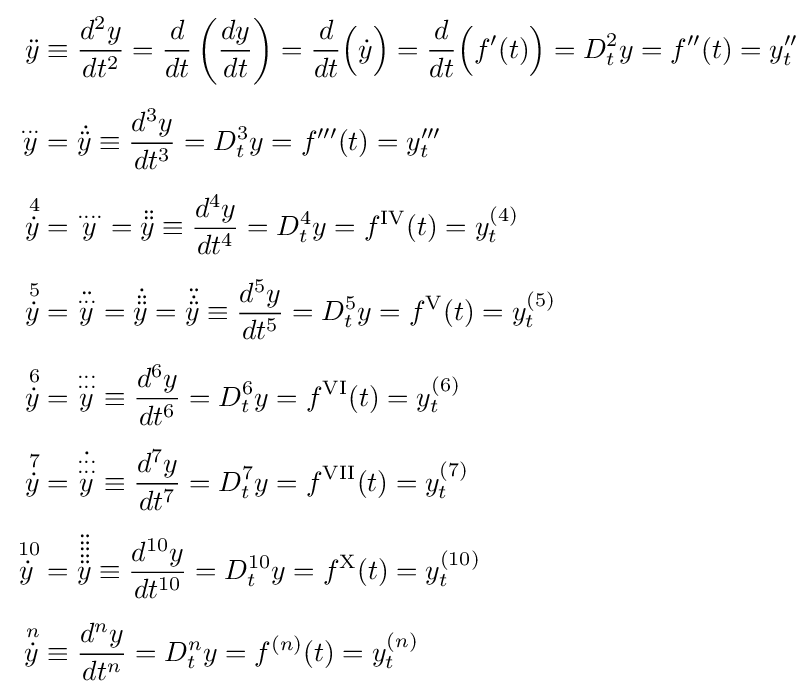
{\begin{aligned}{\ddot {y}}&\equiv {\frac {d^{2}y}{dt^{2}}}={\frac {d}{dt}}\left({\frac {dy}{dt}}\right)={\frac {d}{dt}}{\Bigl (}{\dot {y}}{\Bigr )}={\frac {d}{dt}}{\Bigl (}f'(t){\Bigr )}=D_{t}^{2}y=f''(t)=y''_{t}\\[5pt]{\overset {...}{y}}&={\dot {\ddot {y}}}\equiv {\frac {d^{3}y}{dt^{3}}}=D_{t}^{3}y=f'''(t)=y'''_{t}\\[5pt]{\overset {\,4}{\dot {y}}}&={\overset {....}{y}}={\ddot {\ddot {y}}}\equiv {\frac {d^{4}y}{dt^{4}}}=D_{t}^{4}y=f^{\rm {IV}}(t)=y_{t}^{(4)}\\[5pt]{\overset {\,5}{\dot {y}}}&={\ddot {\overset {...}{y}}}={\dot {\ddot {\ddot {y}}}}={\ddot {\dot {\ddot {y}}}}\equiv {\frac {d^{5}y}{dt^{5}}}=D_{t}^{5}y=f^{\rm {V}}(t)=y_{t}^{(5)}\\[5pt]{\overset {\,6}{\dot {y}}}&={\overset {...}{\overset {...}{y}}}\equiv {\frac {d^{6}y}{dt^{6}}}=D_{t}^{6}y=f^{\rm {VI}}(t)=y_{t}^{(6)}\\[5pt]{\overset {\,7}{\dot {y}}}&={\dot {\overset {...}{\overset {...}{y}}}}\equiv {\frac {d^{7}y}{dt^{7}}}=D_{t}^{7}y=f^{\rm {VII}}(t)=y_{t}^{(7)}\\[5pt]{\overset {\,10}{\dot {y}}}&={\ddot {\ddot {\ddot {\ddot {\ddot {y}}}}}}\equiv {\frac {d^{10}y}{dt^{10}}}=D_{t}^{10}y=f^{\rm {X}}(t)=y_{t}^{(10)}\\[5pt]{\overset {\,n}{\dot {y}}}&\equiv {\frac {d^{n}y}{dt^{n}}}=D_{t}^{n}y=f^{(n)}(t)=y_{t}^{(n)}\end{aligned}}